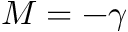
M = - \gamma